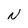
Character: N